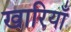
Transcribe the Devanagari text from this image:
खारियाँ